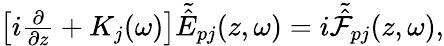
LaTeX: \begin{array}{r}{\left[i\frac{\partial}{\partial z}+K_{j}(\omega)\right]{\tilde{\hat{E}}}_{pj}(z,\omega)=i{\tilde{\hat{{\cal F}}}}_{pj}(z,\omega),}\end{array}